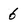
Character: 6